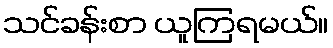
သင်ခန်းစာ ယူကြရမယ်။